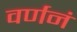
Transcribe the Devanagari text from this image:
वर्णनं